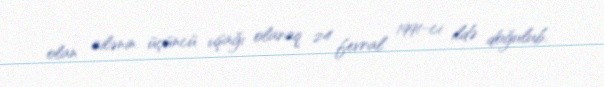
olan ailənin üçüncü uşağı olaraq 24 fevral 1991-ci ildə doğulub.